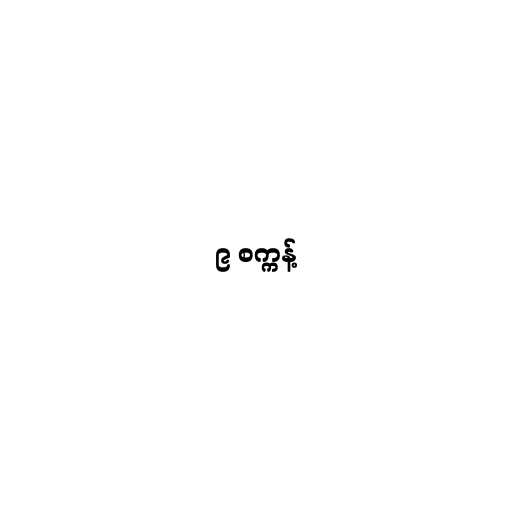
၉ စက္ကန့်